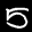
Label: 5